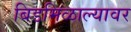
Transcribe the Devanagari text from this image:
बिडमिळाल्यावर